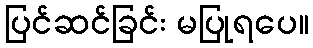
ပြင်ဆင်ခြင်း မပြုရပေ။